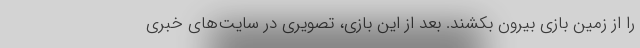
را از زمین بازی بیرون بکشند. بعد از این بازی، تصویری در سایت‌های خبری